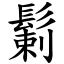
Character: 鬎